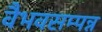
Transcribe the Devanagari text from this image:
वैभवसम्पन्न